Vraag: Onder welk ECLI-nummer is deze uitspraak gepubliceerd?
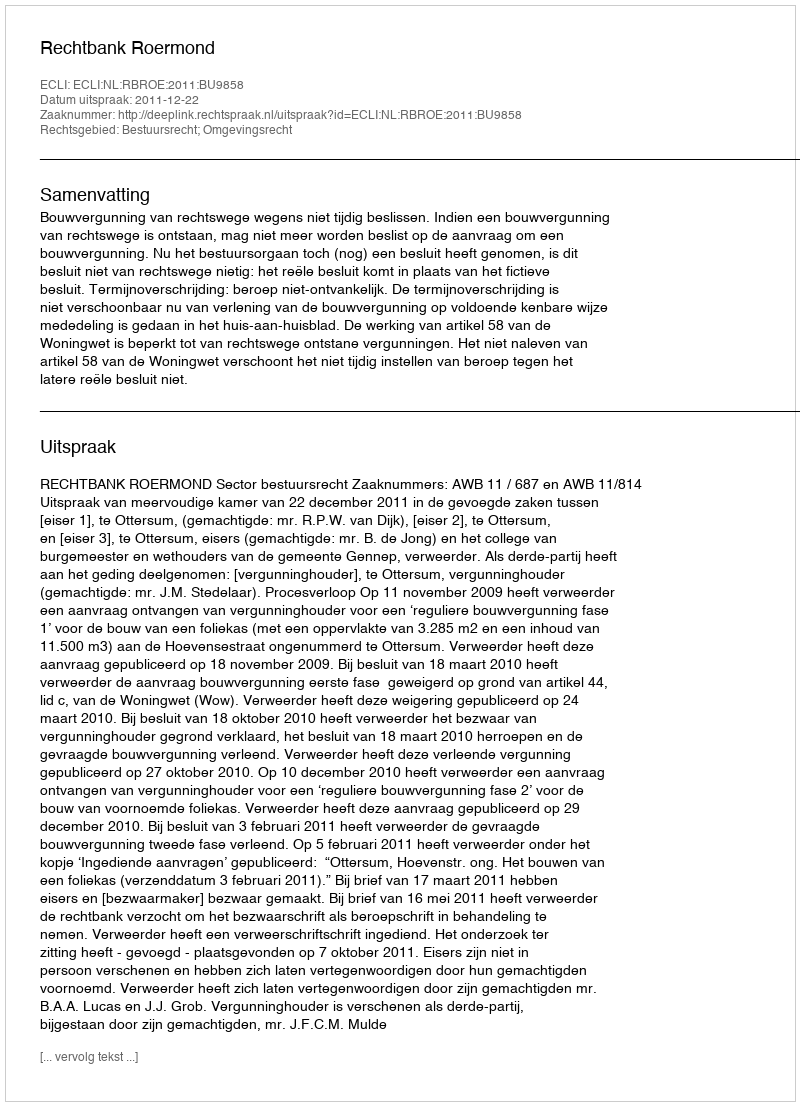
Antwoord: ECLI:NL:RBROE:2011:BU9858